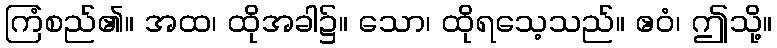
ကြံစည်၏။ အထ၊ ထိုအခါ၌။ သော၊ ထိုရသေ့သည်။ ဧဝံ၊ ဤသို့။